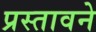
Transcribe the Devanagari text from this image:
प्रस्तावने